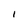
Character: I